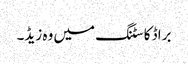
براڈ کاسٹنگ میں وہ زیڈ۔